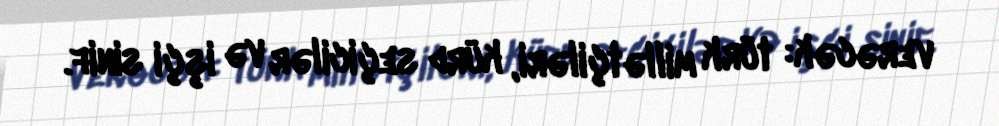
verəcək: türk millətçiləri, kürd seçicilər və işçi sinif.